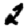
Digit: 2